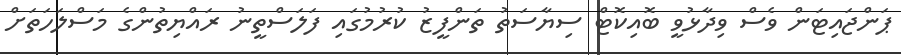
ޕަންޖައިޓަން ވެސް ވިދާޅުވީ ބޮއިކޮޓް ސިޔާސަތު ތަންފީޒު ކުރުމުގައި ފަލަސްތީނު ރައްޔިތުންގެ މަސްލަހަތަށް